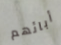
أبائهم